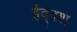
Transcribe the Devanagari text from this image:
ईद्दश